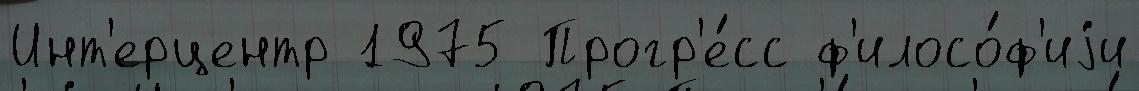
Инт'ерцентр 1975 Прогр'е́сс ф'илосо́ф'иjи